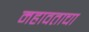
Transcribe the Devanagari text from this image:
महावताचा